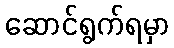
ဆောင်ရွက်ရမှာ